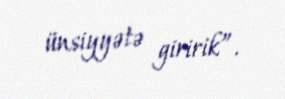
ünsiyyətə giririk”.